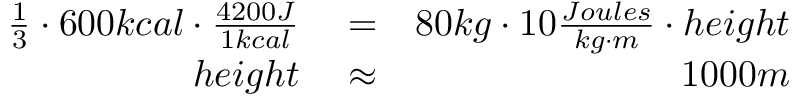
\begin{array} { r l r } { \frac { 1 } { 3 } \cdot 6 0 0 k c a l \cdot \frac { 4 2 0 0 J } { 1 k c a l } } & { { } = } & { 8 0 k g \cdot 1 0 \frac { J o u l e s } { k g \cdot m } \cdot h e i g h t } \\ { h e i g h t } & { { } \approx } & { 1 0 0 0 m } \end{array}